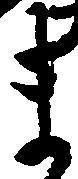
ま